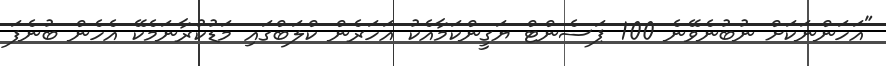
"އަހަންނަކަށް ނުބުނެވޭނެ 100 ޕަސެންޓް ޔަގީންކަމާއެކު އަހަރެން ކްލަބްގައި މަޑުކުރާނަމެކޭ އެހެން ބުނެފަ